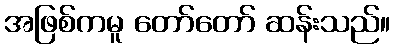
အဖြစ်ကမူ တော်တော် ဆန်းသည်။